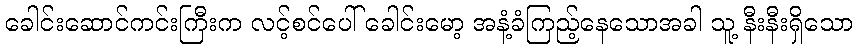
ခေါင်းဆောင်ကင်းကြီးက လင့်စင်ပေါ် ခေါင်းမော့ အနံ့ခံကြည့်နေသောအခါ သူ့ နီးနီးရှိသော